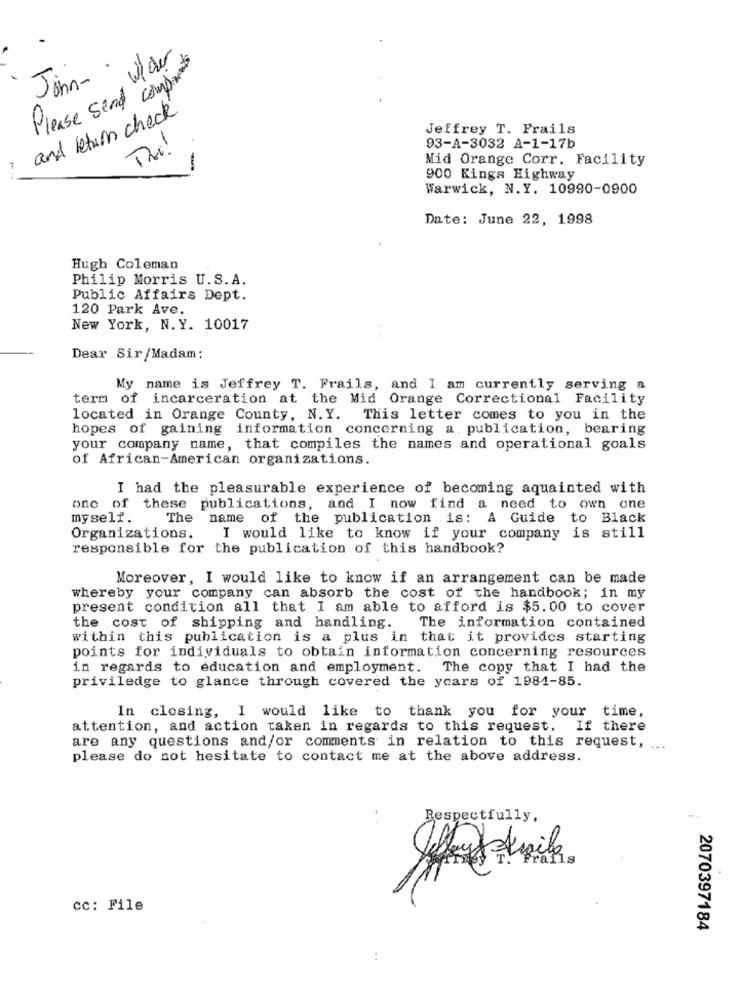
John- play
Please send compre
and Return check
Jeffrey T. Frails
93-A-3032 A-1-17b
Mid Orange Corr. Facility
900 Kings Highway
Warwick, N.Y. 10990-0900
Date: June 22, 1998
Hugh Coleman
Philip Morris U.S. A.
Public Affairs Dept.
120 Park Ave.
New York, N.Y. 10017
Dear Sir/Madam:
My name is Jeffrey T. Frails, and I am currently serving a
term of incarceration at the Mid Orange Correctional Facility
located in Orange County, N.Y. This letter comes to you in the
hopes of gaining information concerning a. publication, bearing
your company name, that compiles the names and operational goals
of African-American organizations.
I had the pleasurable experience of becoming aquainted with
one of these publications, and I now find a need to own one
myself.
The name of the publication is: A Guide to Black
Organizations.
I would like to know if your company is still
responsible for the publication of this handbook?
Moreover, I would like to know if an arrangement can be made
whereby your company can absorb the cost of the handbook; in my
present condition all that I am able to afford is $5.00 to cover
the cost of shipping and handling.
The information contained
within this publication is a plus in that it provides starting
points for individuals to obtain information concerning resources
in regards to education and employment. The copy that I had the
priviledge to glance through covered the ycars of 1981-85.
In closing, I would like to thank you for your time,
attention, and action taken in regards to this request. If there
are any questions and/or comments in relation to this request, ...
please do not hesitate to contact me at the above address.
Respectfully,
cc: File
2070397184